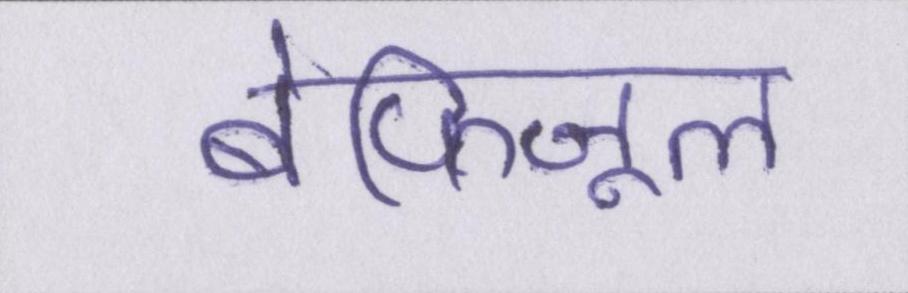
बेफ़िजूल